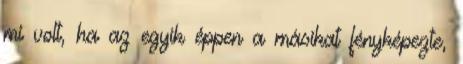
mi volt, ha az egyik éppen a másikat fényképezte,